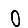
Digit: 0